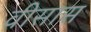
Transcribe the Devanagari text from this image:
वीसास